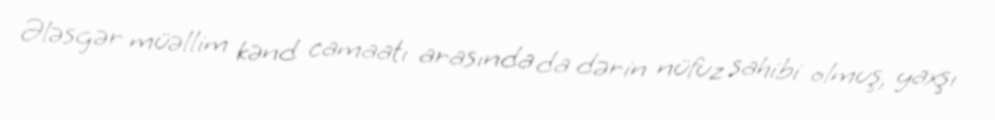
Ələsgər müəllim kənd camaatı arasında da dərin nüfuz sahibi olmuş, yaxşı